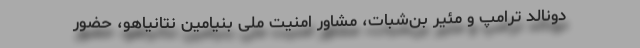
دونالد ترامپ و مئیر بن‌شبات، مشاور امنیت ملی بنیامین نتانیاهو، حضور